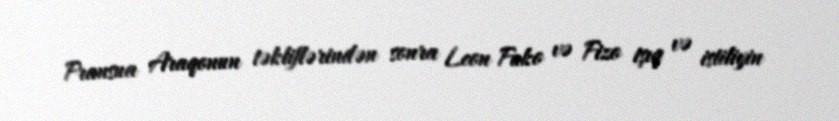
Fransua Araqonun təkliflərindən sonra Leon Fuko və Fizo işıq və istiliyin